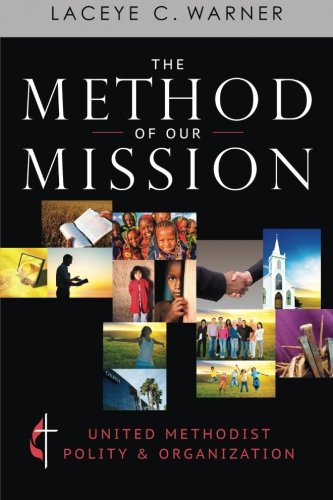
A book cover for The Method of Our Mission: United Methodist Polity & Organization; Laceye C. Warner; Christian Books & Bibles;